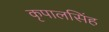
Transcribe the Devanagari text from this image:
कृपालसिंह